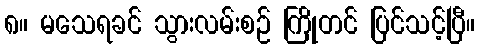
၈။ မသေရခင် သွားလမ်းစဉ် ကြိုတင် ပြင်သင့်ပြီ။